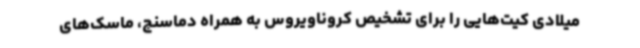
میلادی کیت‌هایی را برای تشخیص کروناویروس به همراه دماسنج، ماسک‌های